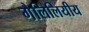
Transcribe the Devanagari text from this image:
गैलिलियीय